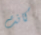
كانت